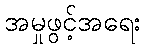
အမှုဖွင့်အရေး